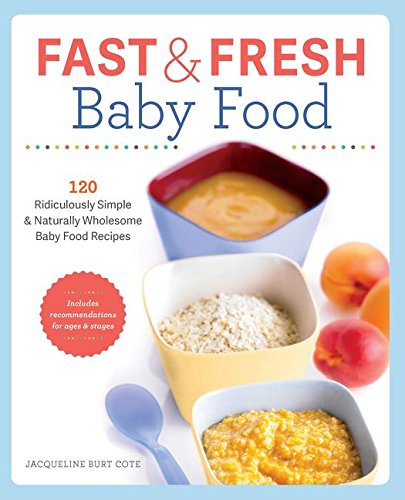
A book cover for Fast & Fresh Baby Food Cookbook: 120 Ridiculously Simple and Naturally Wholesome Baby Food Recipes; Jacqueline Burt Cote; Cookbooks, Food & Wine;